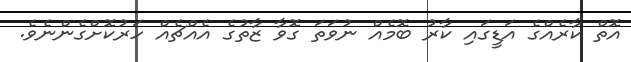
އޮތް ކާރެއްގެ އަޑީގައި ކާރު ބޮމެއް ނުވަތަ ގޮވާ ޒާތުގެ އެއްޗެއް ހަރުކޮށްގެންނެވެ.